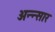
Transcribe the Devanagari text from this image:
अन्न्सार